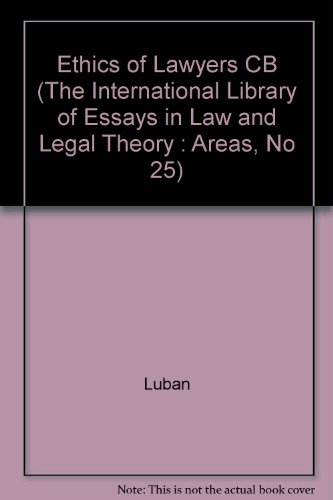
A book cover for The Ethics of Lawyers (The International Library of Essays in Law and Legal Theory : Areas, No 25); David Luban; Law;